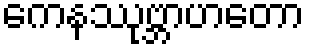
ကေနဿုဗ္ဘာဟတော